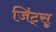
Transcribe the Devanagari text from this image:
जिंट्सू